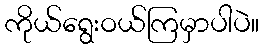
ကိုယ်ရွေးဝယ်ကြမှာပါပဲ။